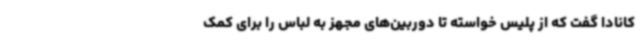
کانادا گفت که از پلیس خواسته تا دوربین‌های مجهز به لباس را برای کمک